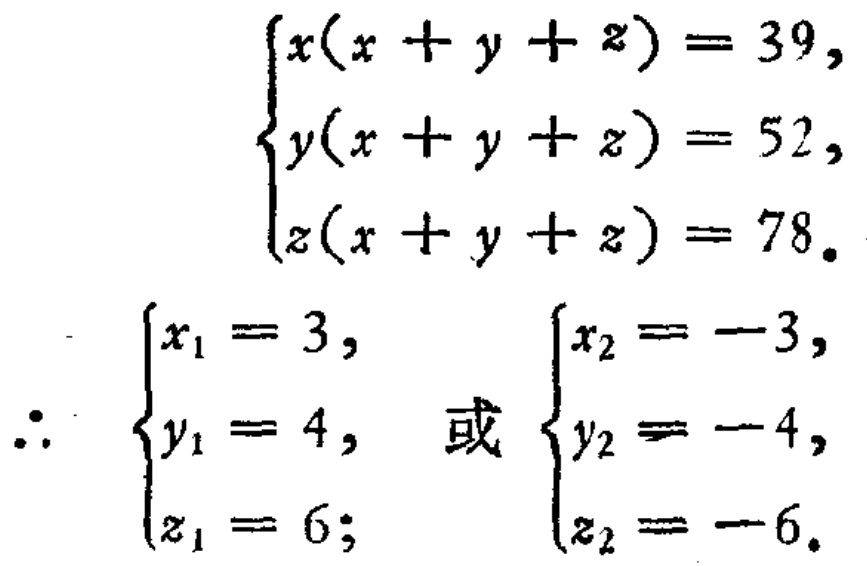
\[\begin{cases}
x(x + y + z) = 39,\\
y(x + y + z) = 52,\\
z(x + y + z) = 78.
\end{cases}\]
\[\therefore
\begin{cases}
x_1 = 3,\\
y_1 = 4,\\
z_1 = 6;
\end{cases}
或
\begin{cases}
x_2 = -3,\\
y_2 = -4,\\
z_2 = -6.
\end{cases}\]